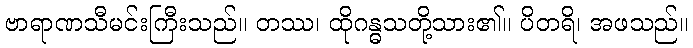
ဗာရာဏသီမင်းကြီးသည်။ တဿ၊ ထိုဂန္ဓသတို့သား၏။ ပိတရိ၊ အဖသည်။